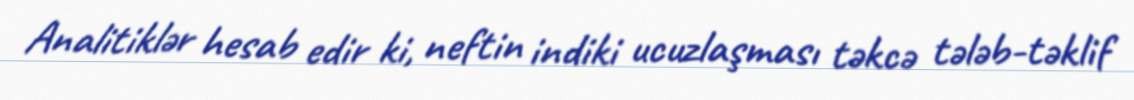
Analitiklər hesab edir ki, neftin indiki ucuzlaşması təkcə tələb-təklif